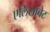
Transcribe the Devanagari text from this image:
एलिसाबेट